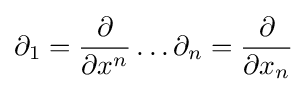
\partial _{1}={\frac {\partial }{\partial x^{n}}}\ldots \partial _{n}={\frac {\partial }{\partial x_{n}}}